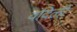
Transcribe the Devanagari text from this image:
वंदिली